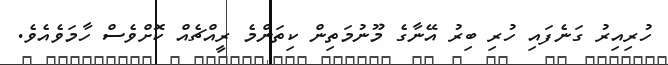
ހުރިއިރު ގަނެފައި ހުރި ބިރު އޭނާގެ މޫނުމަތިން ކިތަންމެ ރީއްޗެއް ކޮށްވެސް ހާމަވެއެވެ.